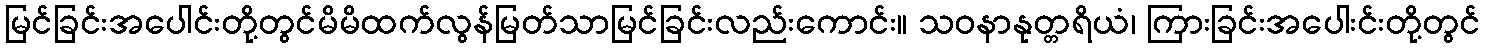
မြင်ခြင်းအပေါင်းတို့တွင်မိမိထက်လွန်မြတ်သာမြင်ခြင်းလည်းကောင်း။ သဝနာနုတ္တရိယံ၊ ကြားခြင်းအပေါးင်းတို့တွင်